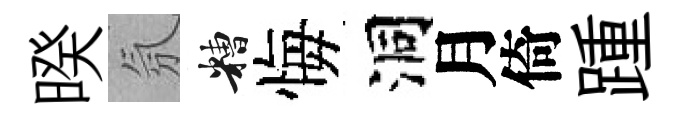
暌氛糟悔洞月倚踵